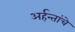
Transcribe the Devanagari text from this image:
अर्हन्तांचे